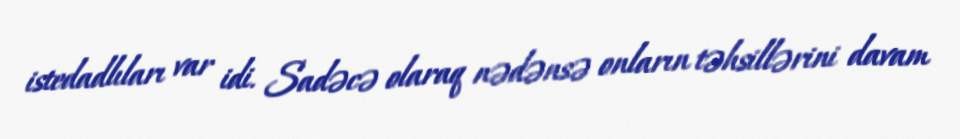
istedadlıları var idi. Sadəcə olaraq nədənsə onların təhsillərini davam